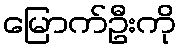
မြောက်ဦးကို